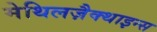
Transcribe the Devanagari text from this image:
मेथिलज़ैक्थाइन्स